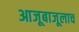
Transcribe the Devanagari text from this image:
आजूबाजूलाच